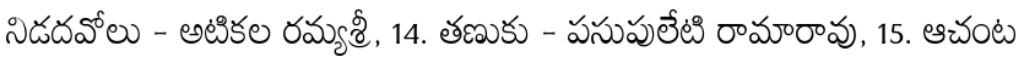
నిడదవోలు - అటికల రమ్యశ్రీ, 14. తణుకు - పసుపులేటి రామారావు, 15. ఆచంట